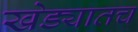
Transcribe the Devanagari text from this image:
खेड्यातच